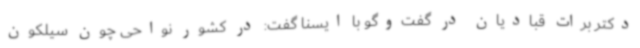
دکتر برات قبادیان در گفت‌وگو با ایسنا گفت: در کشور نواحی چون سیلکون